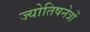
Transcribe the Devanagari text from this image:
ज्योतिषनेत्रों